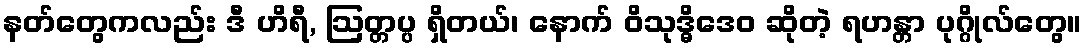
နတ်တွေကလည်း ဒီ ဟိရီ, ဩတ္တပ္ပ ရှိတယ်၊ နောက် ဝိသုဒ္ဓိဒေဝ ဆိုတဲ့ ရဟန္တာ ပုဂ္ဂိုလ်တွေ။